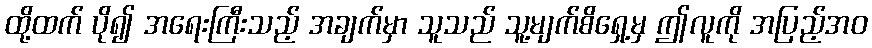
ထို့ထက် ပို၍ အရေးကြီးသည့် အချက်မှာ သူသည် သူ့မျက်စိရှေ့မှ ဤလူကို အပြည့်အဝ